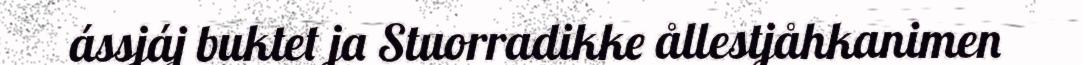
ássjáj buktet ja Stuorradikke ållestjåhkanimen